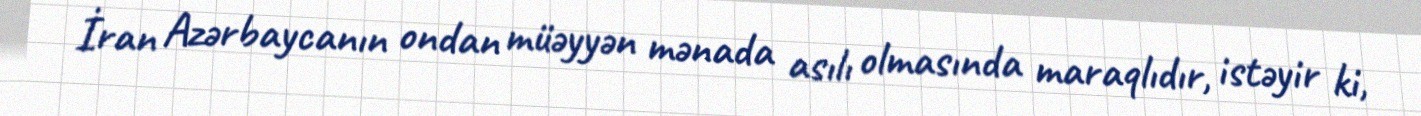
İran Azərbaycanın ondan müəyyən mənada asılı olmasında maraqlıdır, istəyir ki,